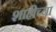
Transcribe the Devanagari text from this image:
शाहीच्या